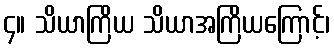
၄။ သိယာကြိယ သိယာအကြိယကြောင့်၊